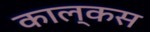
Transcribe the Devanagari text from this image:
काल्कस